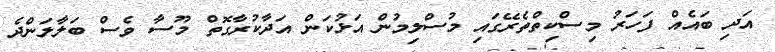
އަދި ބައެއް ފަހަރު މިސްކިތްތެރޭގައި މުސްލިމުން އަޅުކަން އަދާކުރާގޮތް މޫސާ ވެސް ބަލާލަންދެ